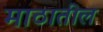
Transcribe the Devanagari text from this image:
माठातील